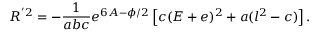
R ^ { ' 2 } = - \frac { 1 } { a b c } e ^ { 6 A - \phi / 2 } \left[ c ( E + e ) ^ { 2 } + a ( l ^ { 2 } - c ) \right] .